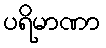
ပရိမာဏာ